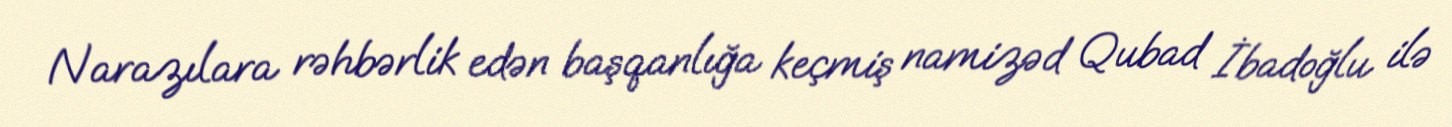
Narazılara rəhbərlik edən başqanlığa keçmiş namizəd Qubad İbadoğlu ilə